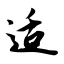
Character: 适